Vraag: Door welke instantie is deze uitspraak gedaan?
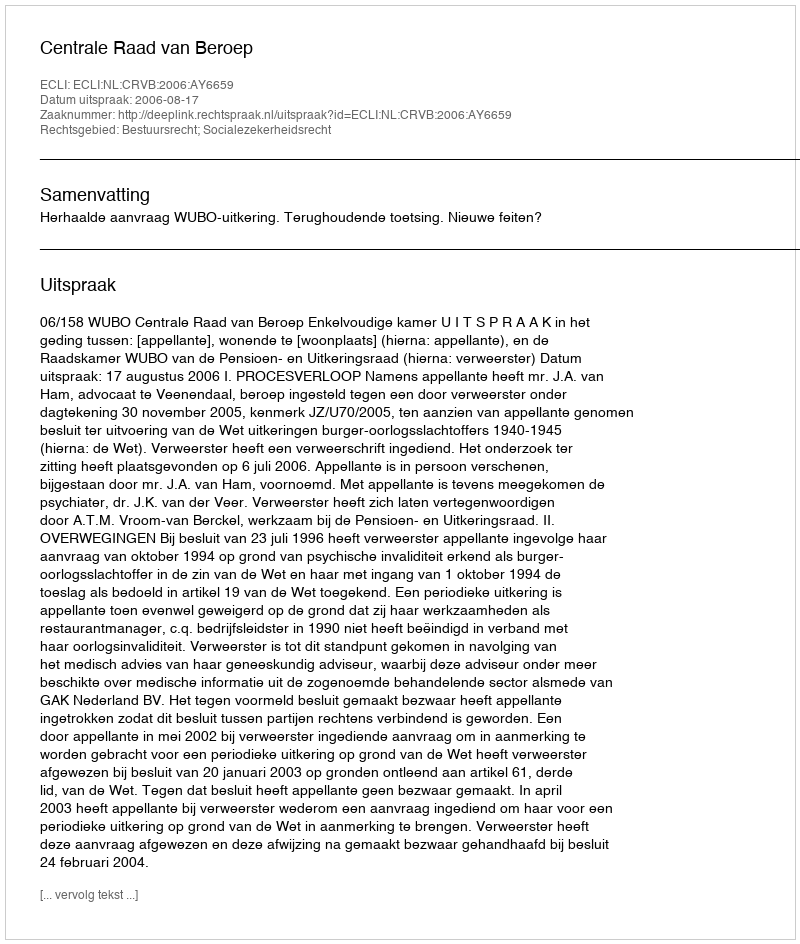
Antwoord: Centrale Raad van Beroep